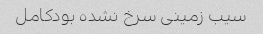
سیب زمینی سرخ نشده بود‌کامل